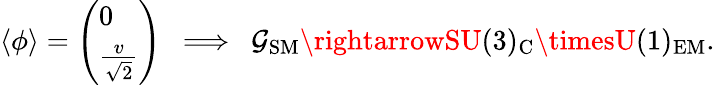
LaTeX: \langle\phi\rangle=\left(\begin{array}{l}{{0}}\\ {{{\frac{v}{\sqrt 2}}}}\end{array}\right)\ \ \Longrightarrow\ \ \mathcal{G}_{\mathrm{{SM}}}\rightarrowSU(3)_{\mathrm{{C}}}\timesU(1)_{\mathrm{{EM}}}.